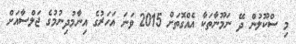
މި ސްކޫލުން ދޭ ނަމޫނާތަކާ އެއްގޮތަށް 2015 ވަނަ އަހަރުގެ އިނާމުދިނުމުގެ ޖަލްސާއަށް